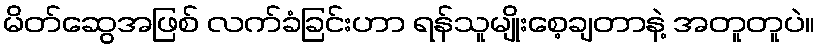
မိတ်ဆွေအဖြစ် လက်ခံခြင်းဟာ ရန်သူမျိုးစေ့ချတာနဲ့ အတူတူပဲ။